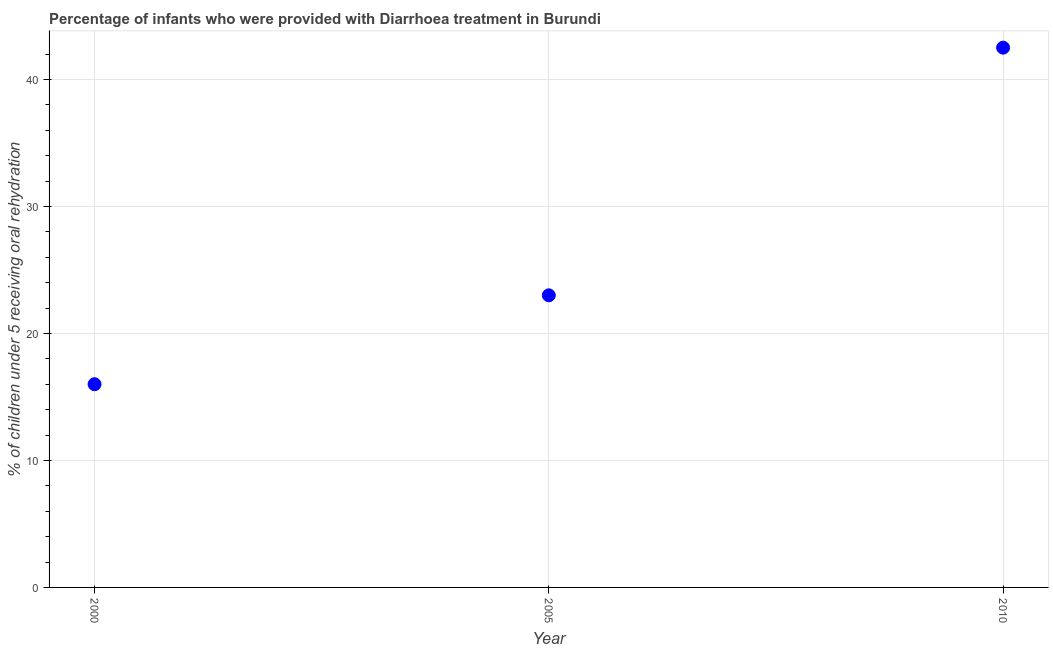
| Year | Diarrhea treatment |
 | --- | --- |
 | 2000 | 16 |
 | 2005 | 23 |
 | 2010 | 42.5 |